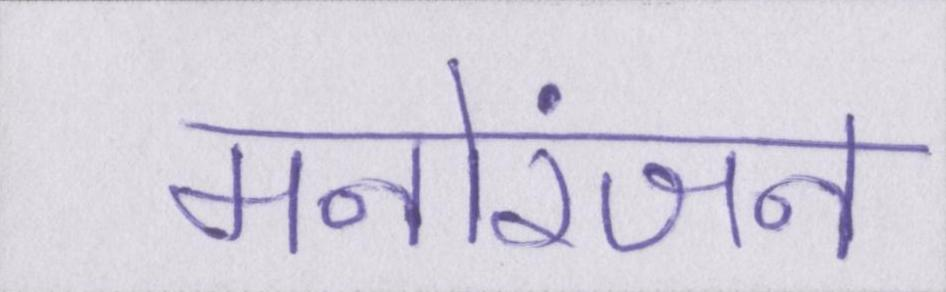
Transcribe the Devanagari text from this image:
मनोरंजन